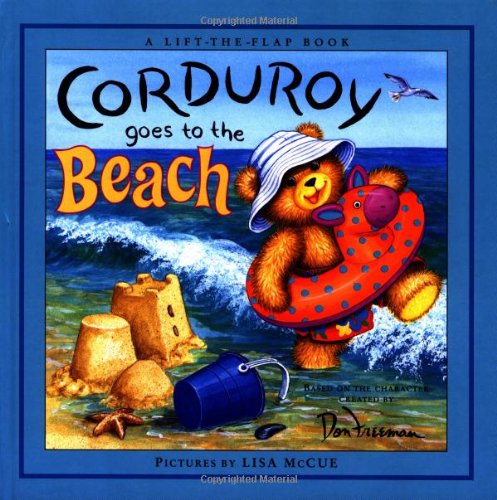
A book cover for Corduroy Goes to the Beach; Don Freeman; Children's Books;